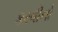
કરવીનો